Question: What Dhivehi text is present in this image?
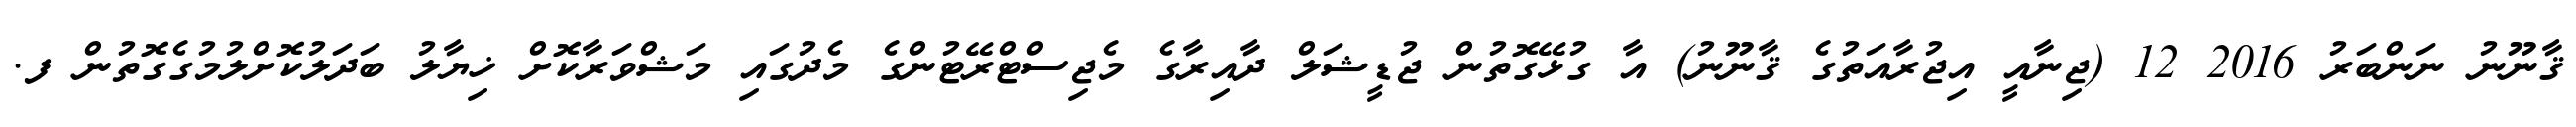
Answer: ޤާނޫނު ނަންބަރު 2016 12 (ޖިނާއީ އިޖުރާއަތުގެ ޤާނޫނު) އާ ގުޅޭގޮތުން ޖުޑީޝަލް ދާއިރާގެ މެޖިސްޓްރޭޓުންގެ މެދުގައި މަޝްވަރާކޮށް ޚިޔާލު ބަދަލުކޮށްލުމުގެގޮތުން ފ.